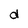
Character: d